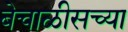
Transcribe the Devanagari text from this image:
बेचाळीसच्या